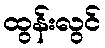
ထွန်းလွင်